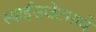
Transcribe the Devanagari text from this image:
स्पाईसजेटमध्ये